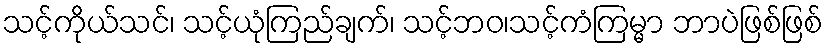
သင့်ကိုယ်သင်၊ သင့်ယုံကြည်ချက်၊ သင့်ဘဝ၊သင့်ကံကြမ္မာ ဘာပဲဖြစ်ဖြစ်